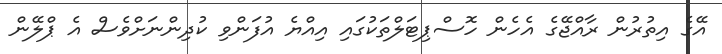
އޭގެ އިތުރުން ރާއްޖޭގެ އެހެން ހޮސްޕިޓަލްތަކުގައި އިއްޔެ އުފަންވި ކުދިންނަށްވެސް އެ ޕްލޭން